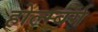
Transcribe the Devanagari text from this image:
होल्म्बर्ग